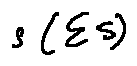
s ( \sum S )